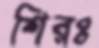
শিরঃ